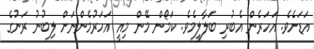
އަޑަށެވެ. އަހަރެން އެބުރި ބަލާލީމެވެ. ކަމޯން މޭން މިއީ އަހަރުމެންނަށް ލިބުނު ރަނުގެ